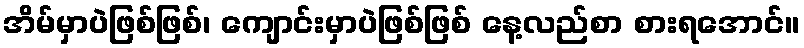
အိမ်မှာပဲဖြစ်ဖြစ်၊ ကျောင်းမှာပဲဖြစ်ဖြစ် နေ့လည်စာ စားရအောင်။